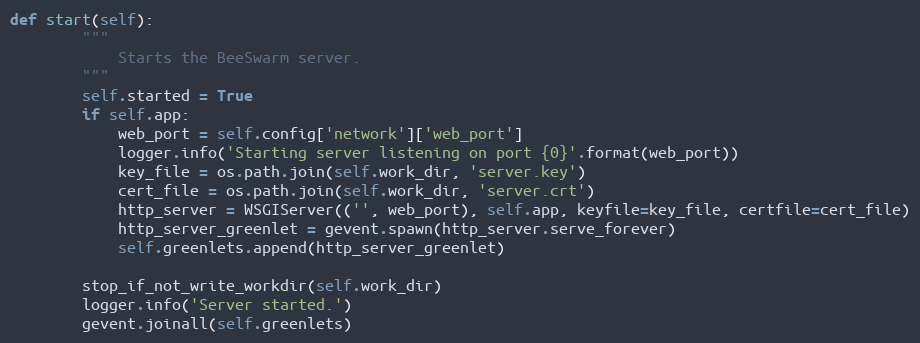
Language: Python
def start(self):
        """
            Starts the BeeSwarm server.
        """
        self.started = True
        if self.app:
            web_port = self.config['network']['web_port']
            logger.info('Starting server listening on port {0}'.format(web_port))
            key_file = os.path.join(self.work_dir, 'server.key')
            cert_file = os.path.join(self.work_dir, 'server.crt')
            http_server = WSGIServer(('', web_port), self.app, keyfile=key_file, certfile=cert_file)
            http_server_greenlet = gevent.spawn(http_server.serve_forever)
            self.greenlets.append(http_server_greenlet)

        stop_if_not_write_workdir(self.work_dir)
        logger.info('Server started.')
        gevent.joinall(self.greenlets)